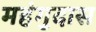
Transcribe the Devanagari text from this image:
महंगुदास